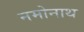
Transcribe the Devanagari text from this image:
नमोनाथ